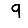
Digit: 9